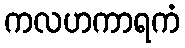
ကလဟကာရကံ